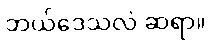
ဘယ်ဒေသလဲ ဆရာ။